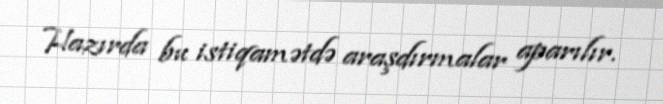
Hazırda bu istiqamətdə araşdırmalar aparılır.